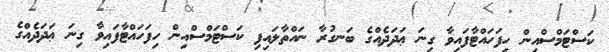
ކަސްޓަމްސްއިން ހިފަހައްޓާފައިވާ ގިނަ ޢަދަދެއްގެ ބަނގުރާ ނައްތާލައިފި ކަސްޓަމްސްއިން ހިފަހައްޓާފައިވާ ގިނަ ޢަދަދެއްގެ